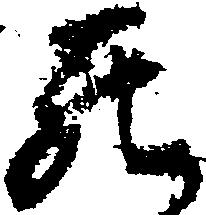
罷